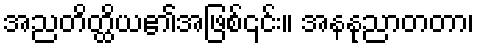
အညတိတ္ထိယ၏အဖြစ်၎င်း။ အနနုညာတတာ၊